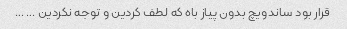
قرار بود ساندویچ بدون پیاز باه که لطف کردین و توجه نکردین … …